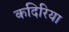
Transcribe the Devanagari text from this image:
कदिरिया